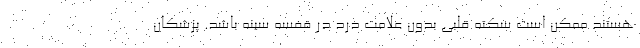
هستند ممکن است سکته قلبی بدون علامت درد در قفسه سینه باشد. پزشکان